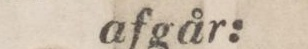
afgår: